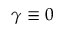
\gamma \equiv 0